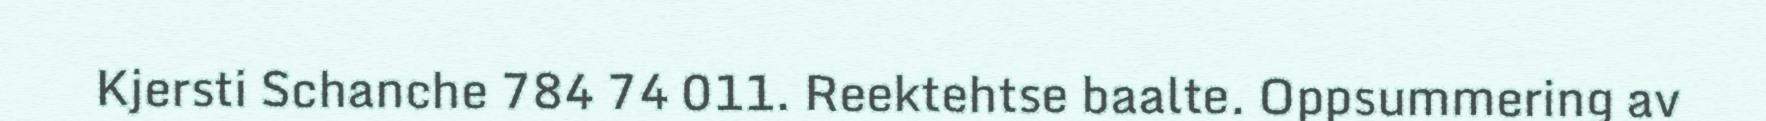
Kjersti Schanche 784 74 011. Reektehtse baalte. Oppsummering av